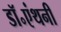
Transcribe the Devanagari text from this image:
डॉ॰एंथनी